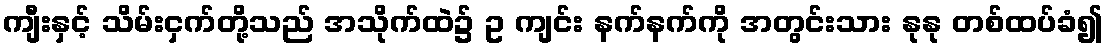
ကျီးနှင့် သိမ်းငှက်တို့သည် အသိုက်ထဲ၌ ဥ ကျင်း နက်နက်ကို အတွင်းသား နုနု တစ်ထပ်ခံ၍